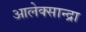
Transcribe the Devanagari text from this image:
आलेक्सान्द्रा